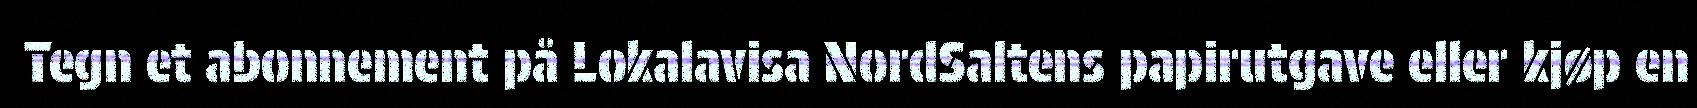
Tegn et abonnement på Lokalavisa NordSaltens papirutgave eller kjøp en